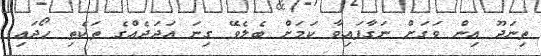
ތިނަދޫ އިން ވަގަށް ނަގާފައިވާ ކަމަށް ބެލެވޭ ގިނަ އަދަދެއްގެ ތަކެތި ހޯދައި